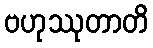
ဗဟုဿုတာတိ